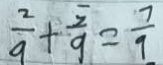
\frac { 2 } { 9 } + \frac { 5 } { 9 } = \frac { 7 } { 9 }